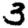
Digit: 3